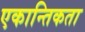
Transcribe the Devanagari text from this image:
एकान्तिकता